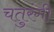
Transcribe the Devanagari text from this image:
चतुरंगी